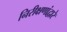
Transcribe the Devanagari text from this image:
निरीक्षणांद्वारे